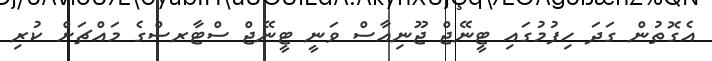
އެގޮތުން ގަދަ ހިފުމުގައި ޓީނޭޖް ޖޫނިއާސް ވަނީ ޓީނޭޖް ސްޓާރސްގެ މައްޗަށް ކުރި